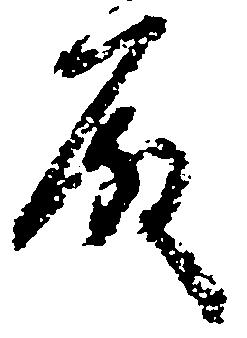
殿